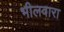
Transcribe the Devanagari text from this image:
भीलवारा